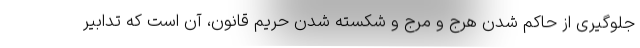
جلوگیری از حاکم شدن هرج و مرج و شکسته شدن حریم قانون، آن است که تدابیر